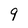
Character: 9